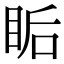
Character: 𥅠